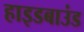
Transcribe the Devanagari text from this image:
हाइडबाउंड